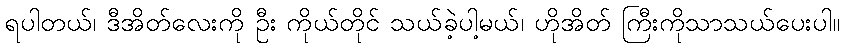
ရပါတယ်၊ ဒီအိတ်လေးကို ဦး ကိုယ်တိုင် သယ်ခဲ့ပါ့မယ်၊ ဟိုအိတ် ကြီးကိုသာသယ်ပေးပါ။